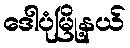
ဒေါပုံမြို့နယ်